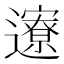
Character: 𬩪